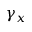
\gamma _ { x }